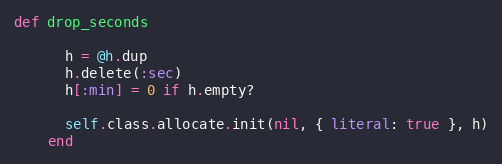
Language: Ruby
def drop_seconds

      h = @h.dup
      h.delete(:sec)
      h[:min] = 0 if h.empty?

      self.class.allocate.init(nil, { literal: true }, h)
    end